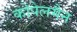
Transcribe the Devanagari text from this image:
कोपेलमैन